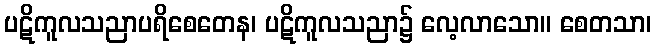
ပဋိကူလသညာပရိစေတေန၊ ပဋိကူလသညာ၌ လေ့လာသော။ စေတသာ၊